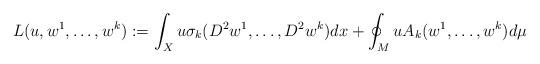
LaTeX: \begin{align*} L(u,w^1,\dotsc, w^k):= \int_X u \sigma_k(D^2 w^1,\dotsc, D^2 w^k) dx + \oint_M u A_k(w^1,\dotsc,w^k)d\mu\end{align*}